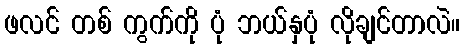
ဖလင် တစ် ကွက်ကို ပုံ ဘယ်နှပုံ လိုချင်တာလဲ။